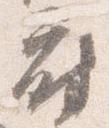
府